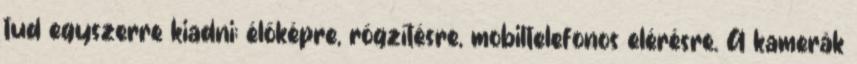
tud egyszerre kiadni; élőképre, rögzítésre, mobiltelefonos elérésre. A kamerák